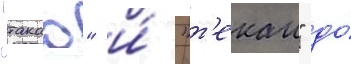
"такао" и́ "т'екаи" до́